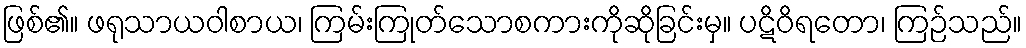
ဖြစ်၏။ ဖရုသာယဝါစာယ၊ ကြမ်းကြုတ်သောစကားကိုဆိုခြင်းမှ။ ပဋိဝိရတော၊ ကြဉ်သည်။